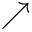
\nearrow